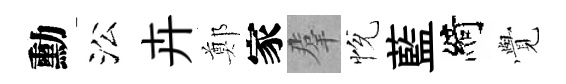
勳㳂卉鄭家羣恱藍綺𮗜